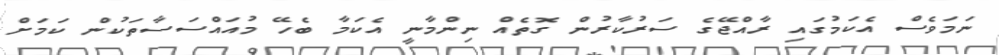
ނަމަވެސް އެކަމުގައި ރާއްޖޭގެ ސަރުކާރުން ގޮތެއް ނިންމާނީ އެކަމާ ބެހޭ މުއައްސަސާތަކުން ކަމަށް